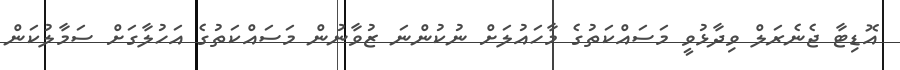
އޮޑިޓާ ޖެނެރަލް ވިދާޅުވީ މަސައްކަތުގެ މާހައުލަށް ނުކުންނަ ޒުވާނުން މަސައްކަތުގެ އަހުލާގަށް ސަމާލުކަން